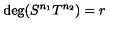
\mathrm { d e g } ( S ^ { n _ { 1 } } T ^ { n _ { 2 } } ) = r